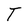
Character: T